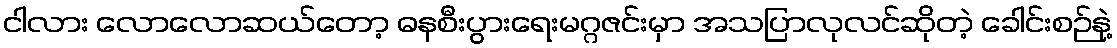
ငါလား လောလောဆယ်တော့ ဓနစီးပွားရေးမဂ္ဂဇင်းမှာ အသပြာလုလင်ဆိုတဲ့ ခေါင်းစဉ်နဲ့